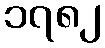
၁၇၈၂